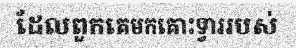
ដែលពួកគេមកគោះទ្វាររបស់